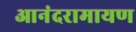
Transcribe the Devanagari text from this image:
आनंदरामायण